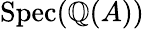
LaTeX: \operatorname{Spec}(\mathbb{Q}(A))